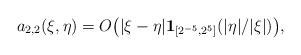
LaTeX: \begin{align*}a_{2,2}(\xi,\eta) = O \big( |\xi-\eta| \mathbf{1}_{[2^{-5},2^5]}(|\eta|/|\xi|)\big) ,\end{align*}